Calcutta medical institutions reports 1892-1900
Year: 1892
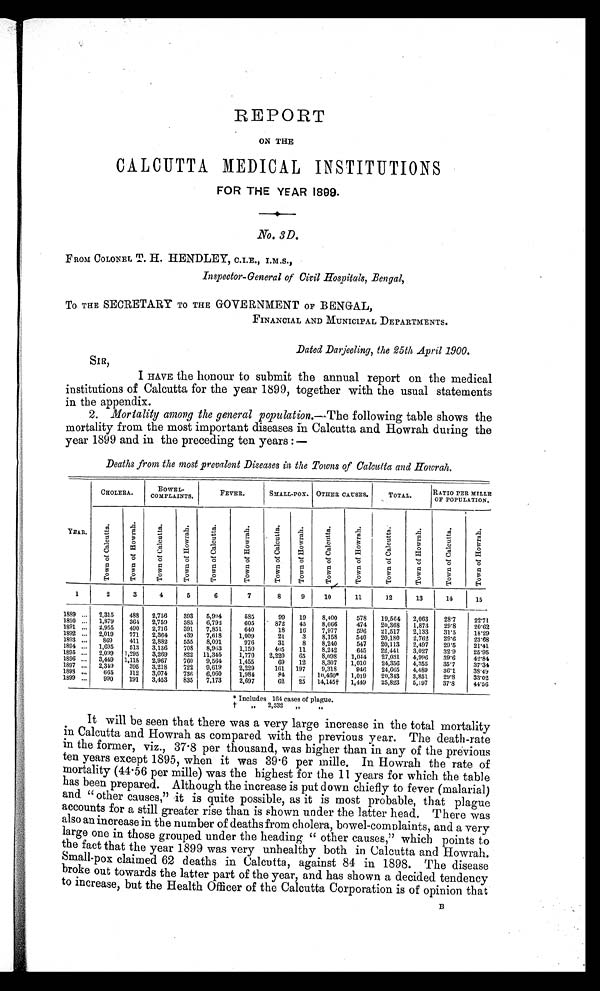
REPORT
ON THE
CALCUTTA MEDICAL INSTITUTIONS
FOR THE YEAR 1899.
No. 3D.
FROM COLONEL T. H. HENDLEY, C.I.E., I.M.S.,
Inspector-General of Civil Hospitals, Bengal,
TO THE SECRETARY TO THE GOVERNMENT OF BENGAL,
FINANCIAL AND MUNICIPAL DEPARTMENTS.
Dated Darjeeling, the 25th April 1900.
SIR,
I HAVE the honour to submit the annual report on the medical
institutions of Calcutta for the year 1899, together with the usual statements
in the appendix.
2. Mortality among the general population.— The following table shows the
mortality from the most important diseases in Calcutta and Howrah during the
year 1899 and in the preceding ten years:—
Deaths from the most prevalent Diseases in the Towns of Calcutta and Howrah.
YEAR.
CHOLERA.
BOWEL-
COMPLAINTS.
FEVER.
SMALL-POX. OTHER CAUSES.
TOTAL.
RATI O PER MI LLE
OF POPULATION.
T o w n o f C a l c u t t a .
T o w n o f H o w r a h .
T o w n o f C a l c u t t a . T o w n o f H o w r a h .
T o w n o f C a l c u t t a .
T o w n o f H o w r a h .
T o w n o f C a l c u t t a .
T o w n o f H o w r a h .
T o w n o f C a l c u t t a . T o w n o f H o w r a h .
T o w n o f C a l c u t t a . T o w n o f H o w r a h .
T o w n o f C a l c u t t a .
T o w n o f H o w r a h .
1
2
3
4
5 6
7
8
9
10
11
12
13
14
15
1889 ... 2,315 488 2,756 393 5,994
585
99 19 8,400
578 19,564 2,063 28.7 22.71
1890 ... 1,879 364 2,759 385 6,792
605
872 45 8,066
474 20,368 1,873 29.8 20.62
1891 ... 2,955 490 2,716 391 7,851
640
18 16 7,977
596 21,517 2,133 31.5
18.29
1892 ... 2,019 771 2,364 439 7,618 1,009
21 3 8,158
540 20,180 2,762 29.6 23.68
1893 ... 869 411 2,882 555 8,091
976
31 8 8,240
547 20,113 2,497 29.5 21.41
1894 ... 1,695 513 3,136 708 8,963
1,150
405 11 8,242
645 22,441 3,027 32.9 25.95
1895 ... 2,099 1,295 3,269 822 11,345 1,770 2,220 65 8,098 1,044 27,031 4,996 39.6 42.84
1896 ... 3,449 1,118 2,967 760 9,564 1,455
69 12 8,307 1,010 24,356 4,355 35.7
37.34
1897 ... 2, 349
395 3,218 722 9,619 2,229
161 197 9,318
946 24,665 4,489 36.1 38.49
1898 ... 665 112 3,074 736 6,060 1,984
84 ... 10,460* 1,019 20,343 3,851 29.8 33.02
1899 ... 990 191 3,453 835 7,173 2,697
62 25 14,145† 1,449 25,823 5,197 37.8
44.56
* Includes 164 cases of plague.
† 2,332 „ „
It will be seen that there was a very large increase in the total mortality
in Calcutta and Howrah as compared with the previous year. The death-rate
in the former, viz., 37.8 per thousand, was higher than in any of the previous
ten years except 1895, when it was 39.6 per mille. In Howrah the rate of
mortality (44.56 per mille) was the highest for the 11 years for which the table
has been prepared. Although the increase is put down chiefly to fever (malarial)
and "other causes," it is quite possible, as it is most probable, that plague
accounts for a still greater rise than is shown under the latter head. There was
also an increase in the number of deaths from cholera, bowel-complaints, and a very
large one in those grouped under the heading "other causes," which points to
the fact that the year 1899 was very unhealthy both in Calcutta and Howrah.
Small-pox claimed 62 deaths in Calcutta, against 84 in 1898. The disease
broke out towards the latter part of the year, and has shown a decided tendency
to increase, but the Health Officer of the Calcutta Corporation is of opinion that
B